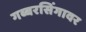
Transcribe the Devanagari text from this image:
गब्बरसिंगावर